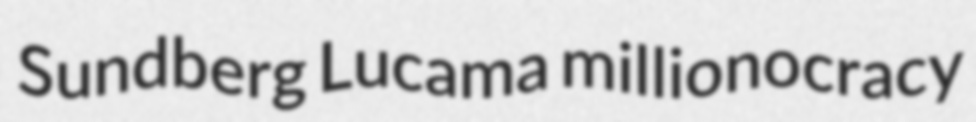
Sundberg Lucama millionocracy